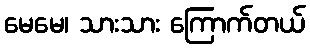
မေမေ၊ သားသား ကြောက်တယ်